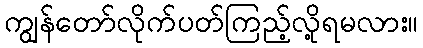
ကျွန်တော်လိုက်ပတ်ကြည့်လို့ရမလား။